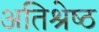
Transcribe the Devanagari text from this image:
अतिश्रेष्‍ठ